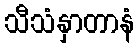
သီသံနှာတာနံ